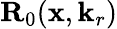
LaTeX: {\mathbf{R}}_{0}(\mathbf{x},\mathbf{k}_{r})